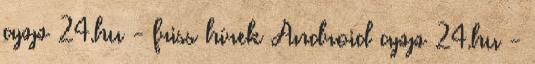
app 24.hu - friss hírek Android app 24.hu -